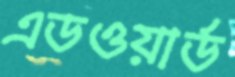
এডওয়ার্ড